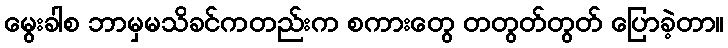
မွေးခါစ ဘာမှမသိခင်ကတည်းက စကားတွေ တတွတ်တွတ် ပြောခဲ့တာ။